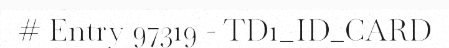
# Entry 97319 - TD1_ID_CARD